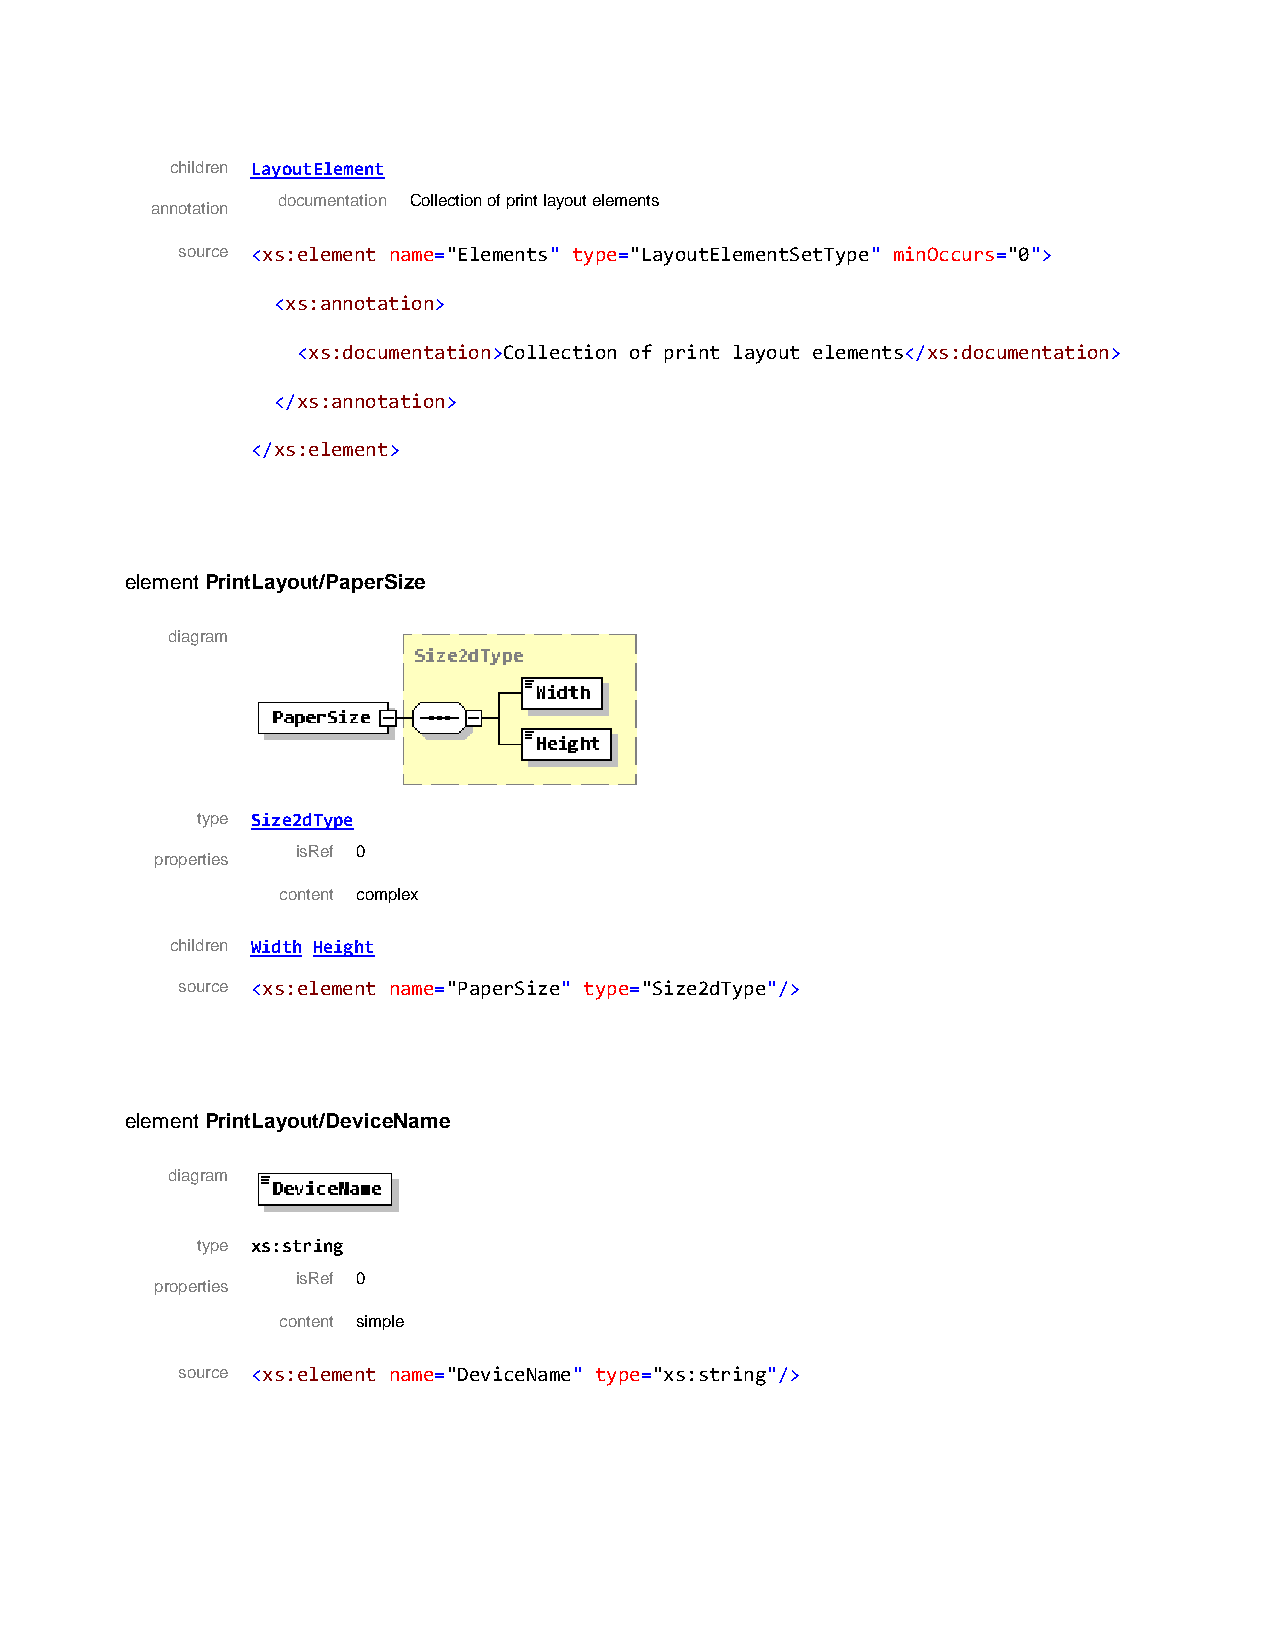
children LayoutElement
 documentation Collection of print layout elements
 annotation
 source <xs:element name="Elements" type="LayoutElementSetType" minOccurs="0">
 <xs:annotation>
 <xs:documentation>Collection of print layout elements</xs:documentation>
 </xs:annotation>
 </xs:element>
 element PrintLayout/PaperSize
 diagram
 type Size2dType
 isRef 0
 properties
 content complex
 children Width Height
 source <xs:element name="PaperSize" type="Size2dType"/>
 element PrintLayout/DeviceName
 diagram
 type xs:string
 isRef 0
 properties
 content simple
 source <xs:element name="DeviceName" type="xs:string"/>